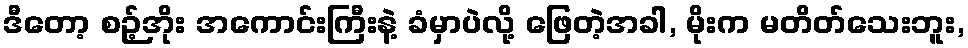
ဒီတော့ စဉ့်အိုး အကောင်းကြီးနဲ့ ခံမှာပဲလို့ ဖြေတဲ့အခါ, မိုးက မတိတ်သေးဘူး,